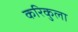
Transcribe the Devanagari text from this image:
करिकुला